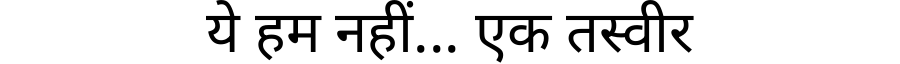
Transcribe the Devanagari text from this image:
ये हम नहीं... एक तस्वीर